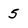
Character: 5